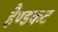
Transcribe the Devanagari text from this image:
हैण्डकट